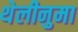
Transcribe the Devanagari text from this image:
थेलीनुमा